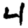
Digit: 4